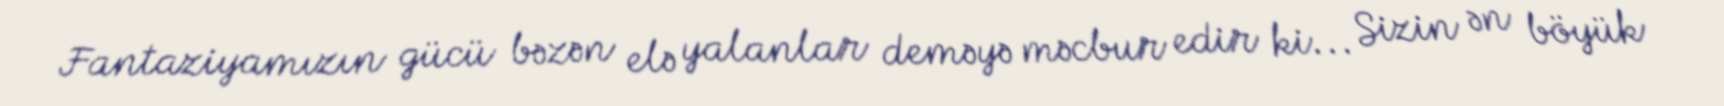
Fantaziyamızın gücü bəzən elə yalanlar deməyə məcbur edir ki... Sizin ən böyük